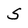
Character: s